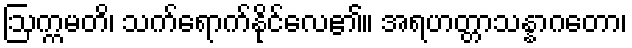
ဩက္ကမတိ၊ သက်ရောက်နိုင်လေ၏။ အရဟတ္တာသန္နာဂတော၊